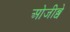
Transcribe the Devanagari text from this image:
ओजीब्वे